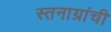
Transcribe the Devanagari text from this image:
स्तनाग्रांची